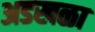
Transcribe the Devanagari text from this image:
अडखळा